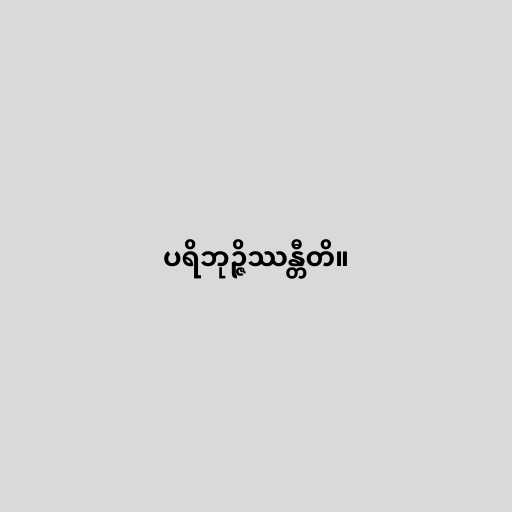
ပရိဘုဉ္ဇိဿန္တီတိ။